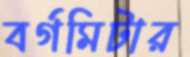
বর্গমিটার